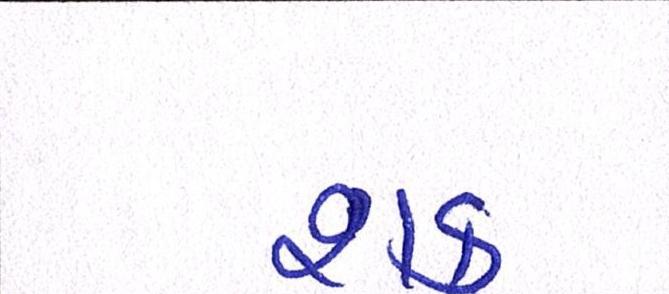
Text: શક